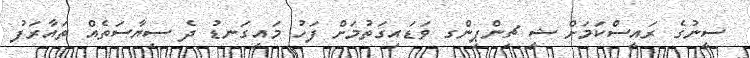
ސީނުގެ ރައީސްކަމަށް ޝީ ޗިންޕިންގ ވަޑައިގަތުމަށް ފަހު މައިގަނޑު ދެ ސިޔާސަތެއް ތައާރަފު